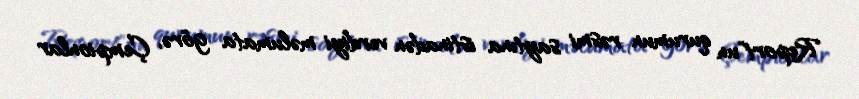
Report"un qurumun rəsmi saytına istinadən verdiyi məlumata görə, Çempionlar